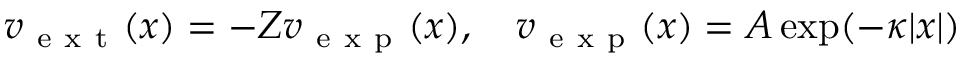
v _ { \mathrm { ~ e ~ x ~ t ~ } } ( x ) = - Z v _ { \mathrm { ~ e ~ x ~ p ~ } } ( x ) , \quad v _ { \mathrm { ~ e ~ x ~ p ~ } } ( x ) = A \exp ( - \kappa | x | )